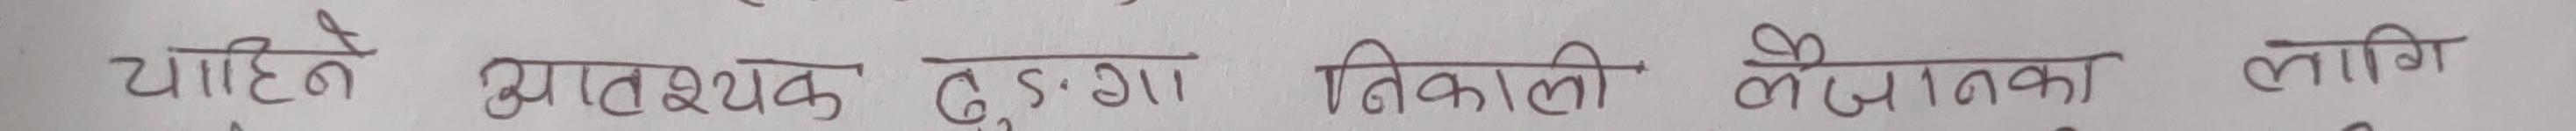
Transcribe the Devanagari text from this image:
चाहिने आवश्यक छःछा निकाली लैजानका लागि